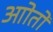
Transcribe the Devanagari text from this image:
आोतों